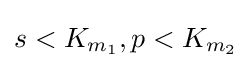
s<K_{m_{1}},p<K_{m_{2}}